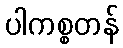
ပါကစ္စတန်